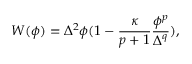
W ( \phi ) = \Delta ^ { 2 } \phi ( 1 - \frac { \kappa } { p + 1 } \frac { \phi ^ { p } } { \Delta ^ { q } } ) ,